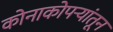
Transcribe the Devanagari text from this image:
कोनाकोपर्‍यांतून